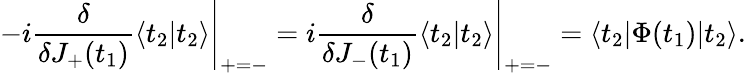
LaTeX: -i\frac{\delta}{\delta J_{+}(t_{1})}\langle t_{2}|t_{2}\rangle\Bigg|_{+=-}=i\frac{\delta}{\delta J_{-}(t_{1})}\langle t_{2}|t_{2}\rangle\Bigg|_{+=-}=\langle t_{2}|\Phi(t_{1})|t_{2}\rangle.